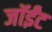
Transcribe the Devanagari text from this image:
जॉईंट